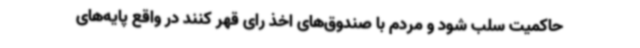
حاکمیت سلب شود و مردم با صندوق‌های اخذ رای قهر کنند در واقع پایه‌های